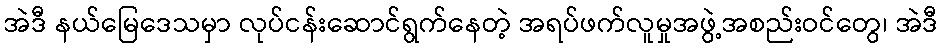
အဲဒီ နယ်မြေဒေသမှာ လုပ်ငန်းဆောင်ရွက်နေတဲ့ အရပ်ဖက်လူမှုအဖွဲ့အစည်းဝင်တွေ၊ အဲဒီ